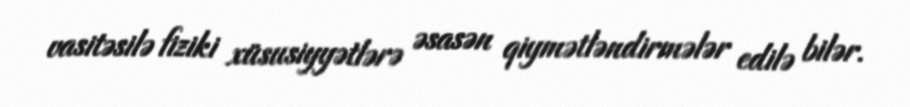
vasitəsilə fiziki xüsusiyyətlərə əsasən qiymətləndirmələr edilə bilər.